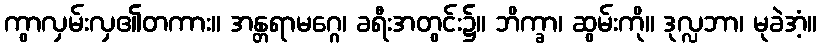
ကွာလှမ်းလှ၏တကား။ အန္တရာမဂ္ဂေ၊ ခရီးအတွင်း၌။ ဘိက္ခာ၊ ဆွမ်းကို။ ဒုလ္လဘာ၊ မုခဲအံ့။